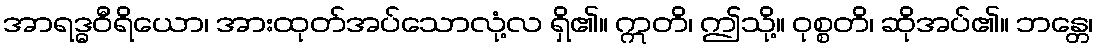
အာရဒ္ဓဝီရိယော၊ အားထုတ်အပ်သောလုံ့လ ရှိ၏။ ဣတိ၊ ဤသို့။ ဝုစ္စတိ၊ ဆိုအပ်၏။ ဘန္တေ၊